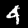
Label: 4